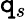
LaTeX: \mathtt{q}_{s}